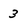
Character: 3